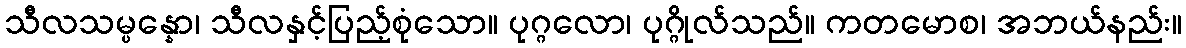
သီလသမ္ပန္နော၊ သီလနှင့်ပြည့်စုံသော။ ပုဂ္ဂလော၊ ပုဂ္ဂိုလ်သည်။ ကတမောစ၊ အဘယ်နည်း။